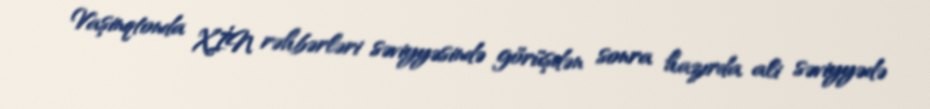
Vaşinqtonda XİN rəhbərləri səviyyəsində görüşdən sonra hazırda ali səviyyədə